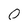
Character: O